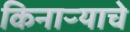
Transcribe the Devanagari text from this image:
किनाऱ्याचे